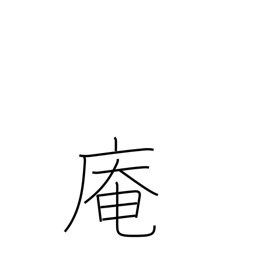
Meaning: hermitage